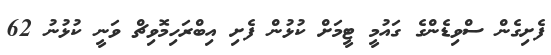
ފެށިގެން ސްވިޑެންގެ ގައުމީ ޓީމަށް ކުޅުން ފެށި އިބްރަހިމޮވިޗް ވަނީ ކުޅުނު 62